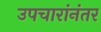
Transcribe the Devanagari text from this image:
उपचारांनंतर